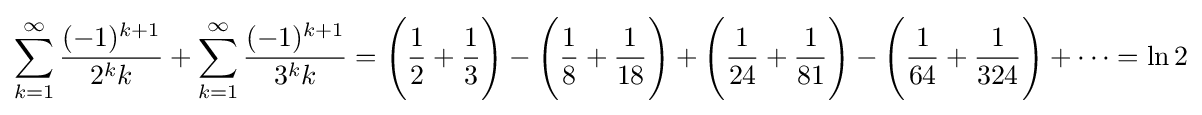
\sum _{k=1}^{\infty }{\frac {(-1)^{k+1}}{2^{k}k}}+\sum _{k=1}^{\infty }{\frac {(-1)^{k+1}}{3^{k}k}}={\Bigg (}{\frac {1}{2}}+{\frac {1}{3}}{\Bigg )}-{\Bigg (}{\frac {1}{8}}+{\frac {1}{18}}{\Bigg )}+{\Bigg (}{\frac {1}{24}}+{\frac {1}{81}}{\Bigg )}-{\Bigg (}{\frac {1}{64}}+{\frac {1}{324}}{\Bigg )}+\cdots =\ln 2